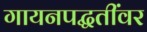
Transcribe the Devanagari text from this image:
गायनपद्धतींवर